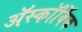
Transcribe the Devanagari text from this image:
ॲस्कॉर्बिक